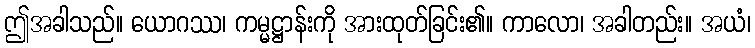
ဤအခါသည်။ ယောဂဿ၊ ကမ္မဋ္ဌာန်းကို အားထုတ်ခြင်း၏။ ကာလော၊ အခါတည်း။ အယံ၊